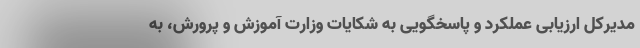
مدیرکل ارزیابی عملکرد و پاسخگویی به شکایات وزارت آموزش و پرورش، به